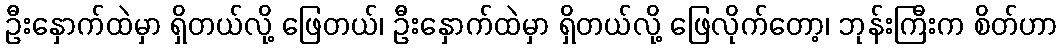
ဦးနှောက်ထဲမှာ ရှိတယ်လို့ ဖြေတယ်၊ ဦးနှောက်ထဲမှာ ရှိတယ်လို့ ဖြေလိုက်တော့၊ ဘုန်းကြီးက စိတ်ဟာ